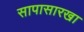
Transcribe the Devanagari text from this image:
सापासारखा